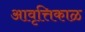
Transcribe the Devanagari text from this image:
आवृत्तिकाळ